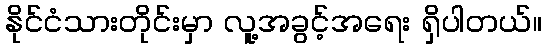
နိုင်ငံသားတိုင်းမှာ လူ့အခွင့်အရေး ရှိပါတယ်။